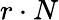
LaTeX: r\cdot N